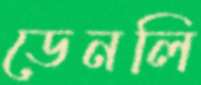
ডেনলি